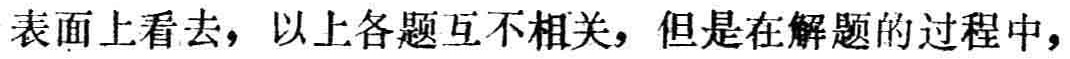
表面上看去，以上各题互不相关，但是在解题的过程中，